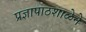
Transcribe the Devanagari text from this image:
प्रज्ञापाठशाळेने